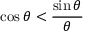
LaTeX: \cos \theta < { \frac { \sin \theta } { \theta } }